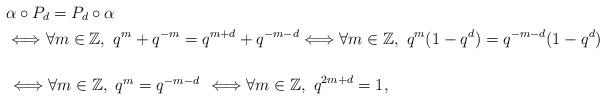
LaTeX: \begin{align*}&\alpha\circ P_{d}=P_{d}\circ\alpha\\&\Longleftrightarrow\forall m\in\mathbb{Z},~q^{m}+q^{-m}=q^{m+d}+q^{-m-d}\Longleftrightarrow \forall m\in\mathbb{Z},~q^m(1-q^d)=q^{-m-d}(1-q^d)\\&\begin{array}[b]{l} \\\Longleftrightarrow \forall m\in\mathbb{Z},~q^m=q^{-m-d}\end{array}\Longleftrightarrow \forall m\in\mathbb{Z},~q^{2m+d}=1,\end{align*}